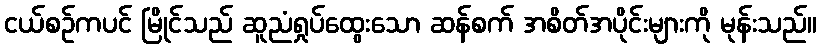
ငယ်စဉ်ကပင် မြိုင်သည် ဆူညံရှုပ်ထွေးသော ဆန်စက် အစိတ်အပိုင်းများကို မုန်းသည်။